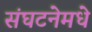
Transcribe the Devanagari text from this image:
संघटनेमधे